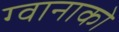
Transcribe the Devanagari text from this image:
ग्वानाको